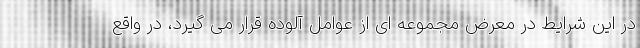
در این شرایط در معرض مجموعه ای از عوامل آلوده قرار می گیرد، در واقع